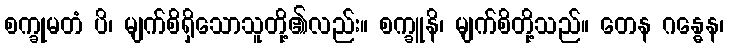
စက္ခုမတံ ပိ၊ မျက်စိရှိသောသူတို့၏လည်း။ စက္ခူနိ၊ မျက်စိတို့သည်။ တေန ဂန္ဓေန၊